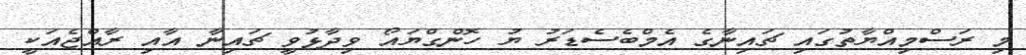
މި ރަސްމިއްޔާތުގައި ޗައިނާގެ އެމްބެސެޑަރު ޔު ހޮންގްޔައޯ ވިދާޅުވީ ޗައިނާ އާއި ރާއްޖެއަކީ